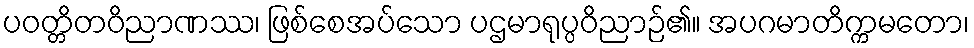
ပဝတ္တိတဝိညာဏဿ၊ ဖြစ်စေအပ်သော ပဌမာရုပ္ပဝိညာဉ်၏။ အပဂမာတိက္ကမတော၊